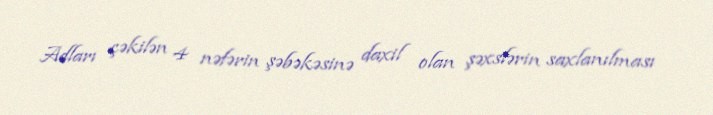
Adları çəkilən 4 nəfərin şəbəkəsinə daxil olan şəxslərin saxlanılması